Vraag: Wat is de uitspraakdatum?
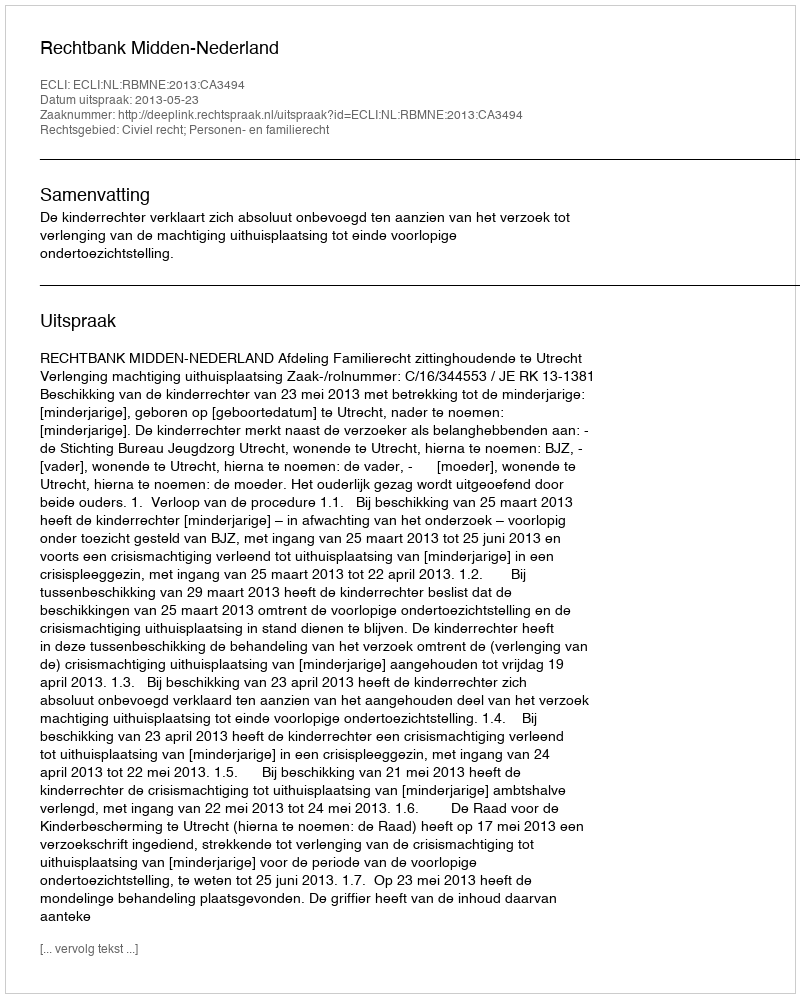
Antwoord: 2013-05-23